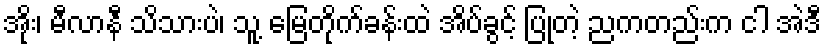
အိုး၊ မီလာနီ သိသားပဲ၊ သူ့ မြေတိုက်ခန်းထဲ အိပ်ခွင့် ပြုတဲ့ ညကတည်းက ငါ အဲဒီ